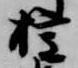
権